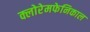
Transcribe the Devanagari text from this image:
क्लोरेमफेनिकाल